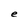
Character: e